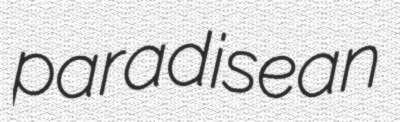
paradisean